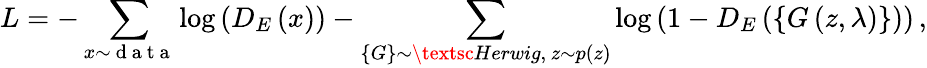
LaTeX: L=-\sum_{x\sim\mathrm{~d~a~t~a~}}\log\left(D_{E}\left(x\right)\right)-\sum_{\left\{ G\right\} \sim\textsc{Herwig},\, z\sim p\left(z\right)}\log\left(1-D_{E}\left(\left\{ G\left(z,\lambda\right)\right\} \right)\right)\, ,